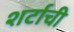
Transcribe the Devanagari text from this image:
शर्टाची